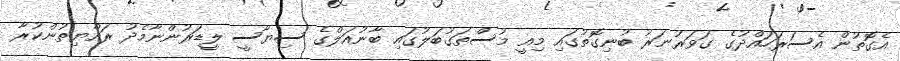
އެގޮތުން އެސަރަހައްދުގެ ގަވަރުނަރު ބުނިގޮތުގައި މިއީ މުސްތަގުބަލުގައި ބާނުއަލްގެ ސިޔާސީ ލީޑަރުންނާމެދު ރައްޔިތުންކުރާ